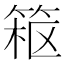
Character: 𱸂